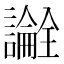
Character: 𬣎